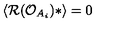
\langle { \cal R } ( { \cal O } _ { A _ { i } } ) * \rangle = 0